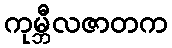
ကုမ္ဘီလဇာတက